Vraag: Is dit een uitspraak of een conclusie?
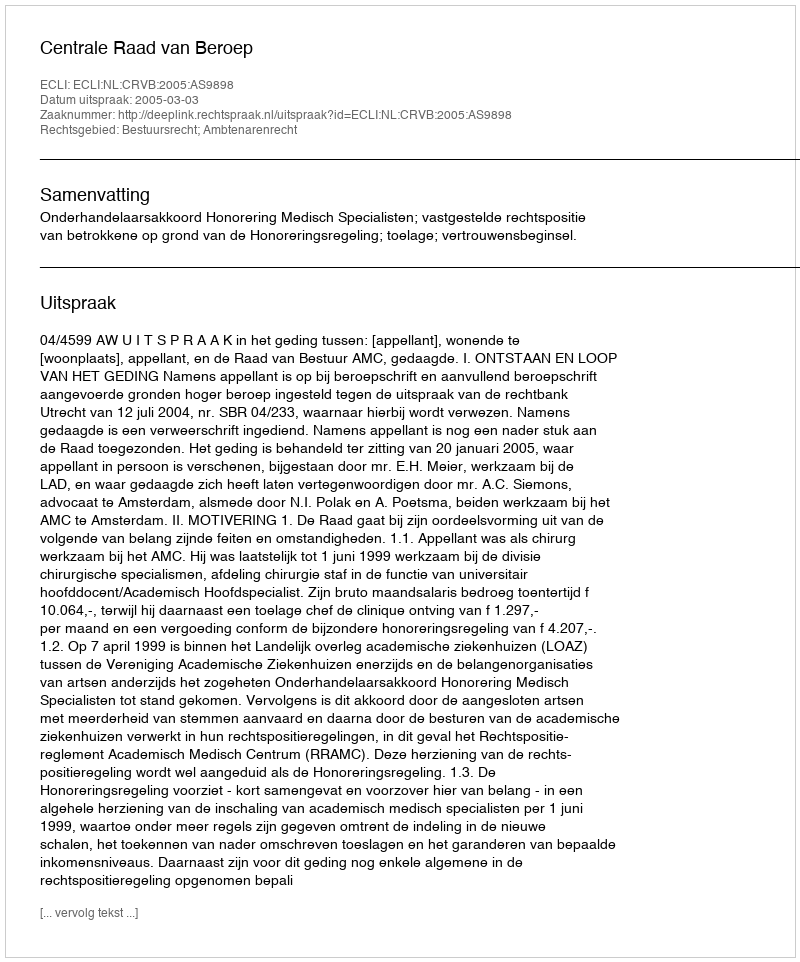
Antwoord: Uitspraak